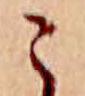
こ